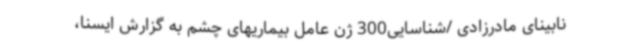
نابینای مادرزادی /شناسایی300 ژن عامل بیماریهای چشم به گزارش ایسنا،